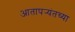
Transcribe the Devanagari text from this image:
आतापर्‍यंतच्या